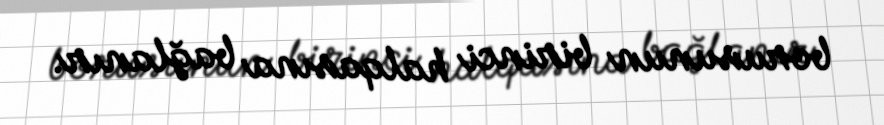
borusunun birinci halqasına bağlanır.